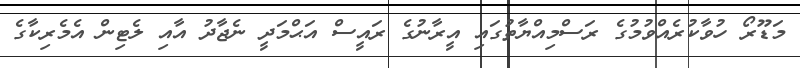
މަޑޫރޯ ހުވާކުރެއްވުމުގެ ރަސްމިއްޔާތުގައި އީރާނުގެ ރައީސް އަޙްމަދީ ނެޖާދު އާއި ލެޓިން އެމެރިކާގެ